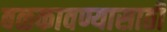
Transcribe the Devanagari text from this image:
बळकावण्यासाठी